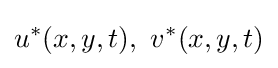
u^{*}(x,y,t),\ v^{*}(x,y,t)